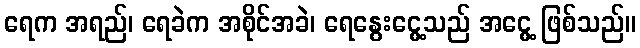
ရေက အရည်၊ ရေခဲက အစိုင်အခဲ၊ ရေနွေးငွေ့သည် အငွေ့ ဖြစ်သည်။